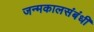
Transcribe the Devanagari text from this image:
जन्मकालसंबंधी